65_HS1-834228961_62-HQ-83894_Section_5
Agency: FBI
Page 6
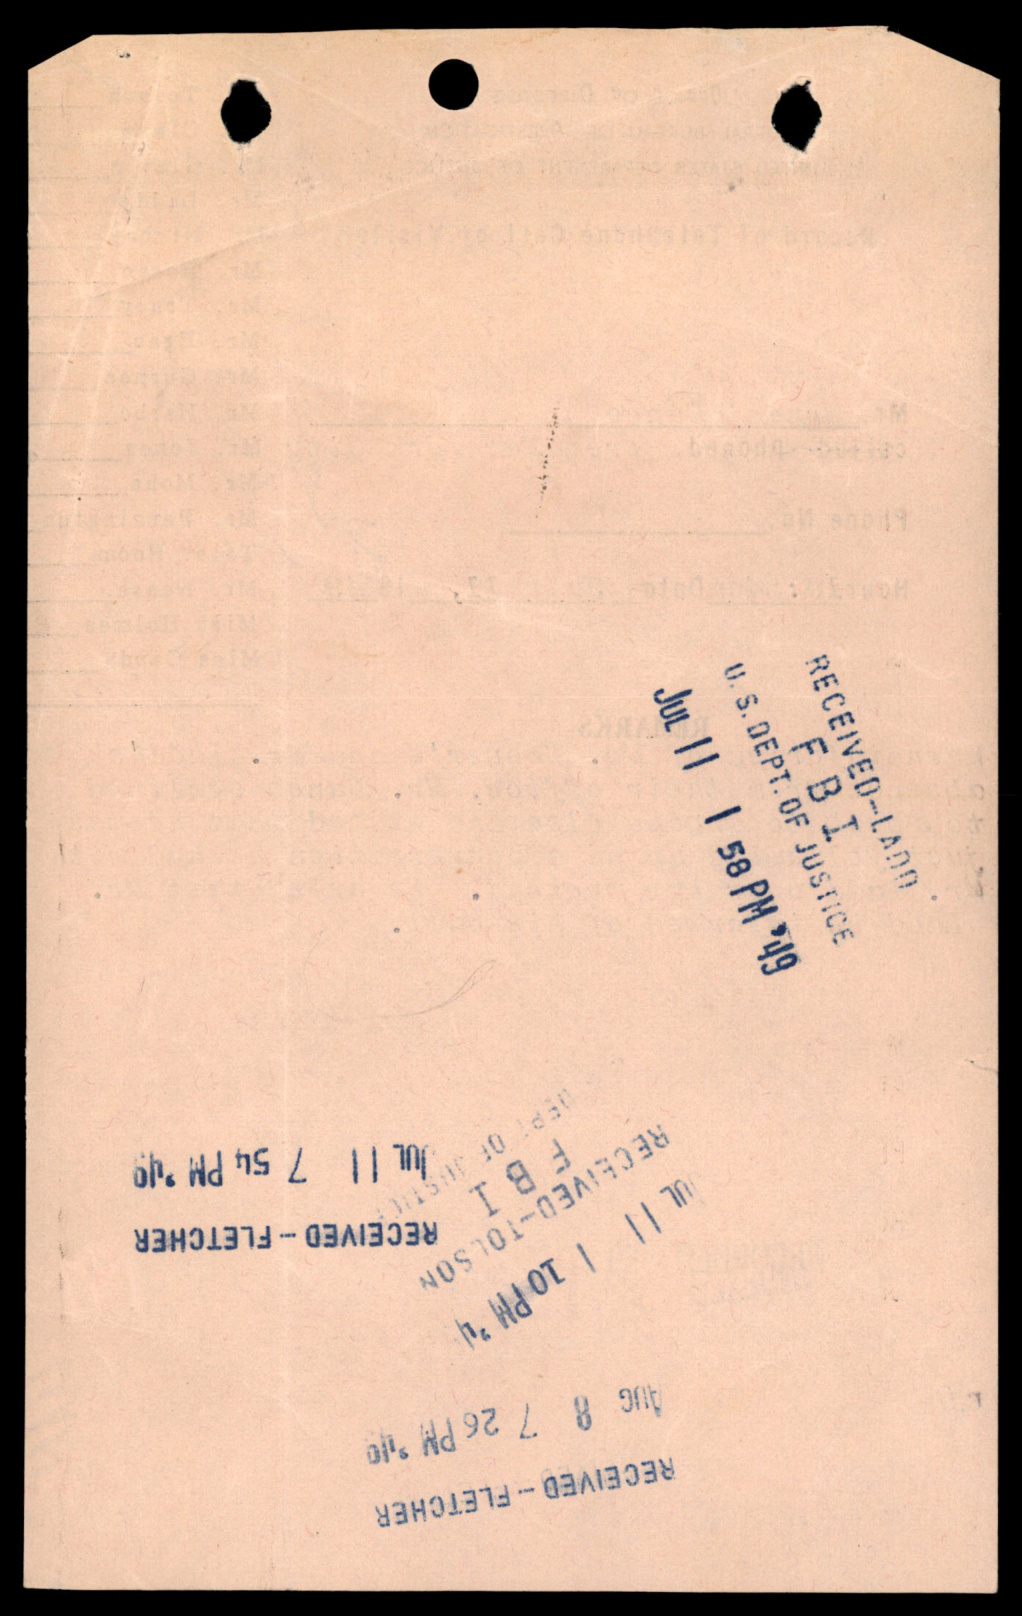